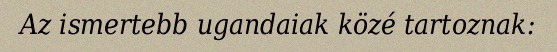
Az ismertebb ugandaiak közé tartoznak: